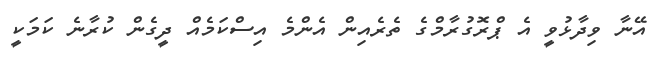
އޭނާ ވިދާޅުވީ އެ ޕްރޮގުރާމްގެ ތެރެއިން އެންމެ އިސްކަމެއް ދީގެން ކުރާނެ ކަމަކީ